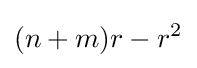
(n+m)r-r^{2}